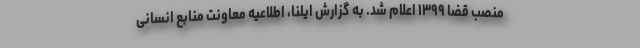
منصب قضا ۱۳۹۹ اعلام شد. به گزارش ایلنا، اطلاعیه معاونت منابع انسانی